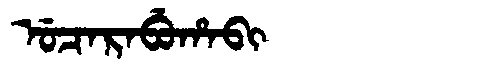
Manchu: ᡠᠴᠠᡵᠠᠪᡠᡥᠠᠪᡳ
Romanization: UCARABUHABI